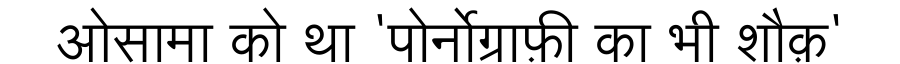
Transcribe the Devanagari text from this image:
ओसामा को था 'पोर्नोग्राफ़ी का भी शौक़'